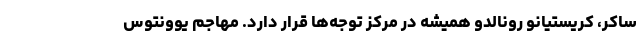
ساکر، کریستیانو رونالدو همیشه در مرکز توجه‌ها قرار دارد. مهاجم یوونتوس